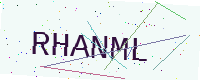
Text: RHANML